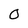
Character: O